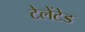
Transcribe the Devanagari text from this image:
टेलेंटेड